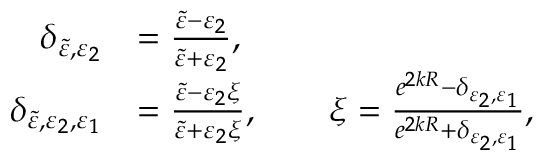
\begin{array} { r l } { \delta _ { \Tilde { \varepsilon } , \varepsilon _ { 2 } } } & { = \frac { \Tilde { \varepsilon } - \varepsilon _ { 2 } } { \Tilde { \varepsilon } + \varepsilon _ { 2 } } , } \\ { \delta _ { \Tilde { \varepsilon } , \varepsilon _ { 2 } , \varepsilon _ { 1 } } } & { = \frac { \Tilde { \varepsilon } - \varepsilon _ { 2 } \xi } { \Tilde { \varepsilon } + \varepsilon _ { 2 } \xi } , \qquad \xi = \frac { e ^ { 2 k R } - \delta _ { \varepsilon _ { 2 } , \varepsilon _ { 1 } } } { e ^ { 2 k R } + \delta _ { \varepsilon _ { 2 } , \varepsilon _ { 1 } } } , } \end{array}